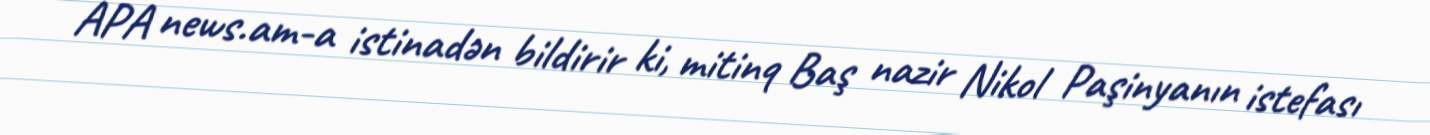
APA news.am-a istinadən bildirir ki, mitinq Baş nazir Nikol Paşinyanın istefası